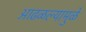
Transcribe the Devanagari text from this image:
आढळल्यामुळे